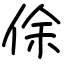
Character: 俆